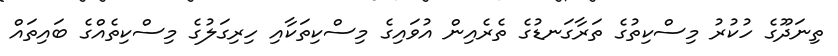
ތިނަދޫގެ ހުކުރު މިސްކިތުގެ ތަރާގަނޑުގެ ތެރެއިން އުވައިގެ މިސްކިތަކާއި ހިރިގަލުގެ މިސްކިތެއްގެ ބައިތައް